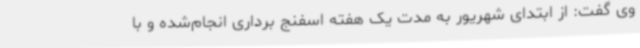
وی گفت: از ابتدای شهریور به مدت یک هفته اسفنج برداری انجام‌شده و با